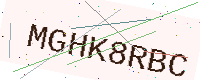
Text: MGHK8RBC